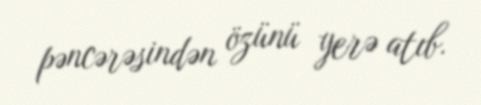
pəncərəsindən özünü yerə atıb.